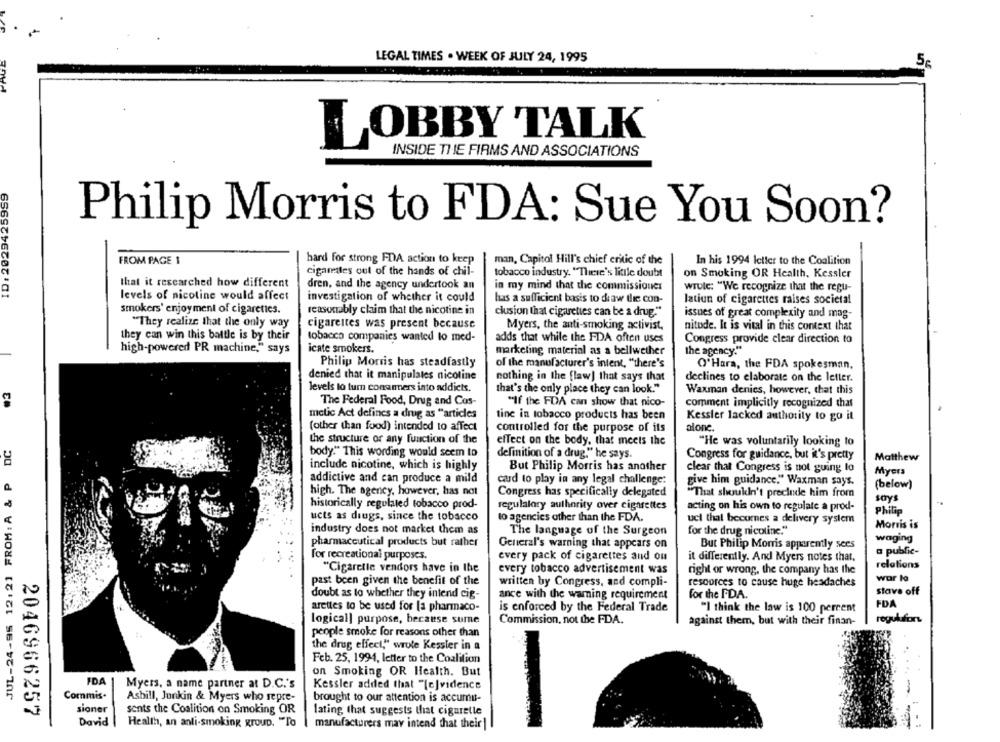
LEGAL TIMES . WEEK OF JULY 24, 1995
5€
LOBBY TALK
INSIDE THE FIRMS AND ASSOCIATIONS
ID : 2029425959
Philip Morris to FDA: Sue You Soon?
FROM PAGE 1
hard for strong FDA action to keep
man, Capitol Hill's chief critic of the
In his 1994 letter to the Coalition
cigarettes out of the hands of chil-
tobacco industry. "These's little doubt
on Smoking OR Health, Kessler
that it researched how different
dren, and the agency undertook an
in my mind that the commissioner
wrule: "We recognize that the regu-
levels of nicotine would affect
investigation of whether it could
has a sufficient basis to draw die con-
lation of cigarettes raises societal
smokers' enjoyment of cigarettes.
reasonably claim that the nicotine in
clusion that cigarettes can be a drug."
issues of great complexity and mag-
"They realize that the only way
cigarettes was present because
Myers, the anti-smoking activist,
nitode. It is vital in this context that
they can win this battle is by their
tobacco companies wanted lo med-
adds that while the FDA often uses
Congress provide clear direction to
icate smokers.
high-powered PR machine," says
marketing material as a bellwether
the agency."
Philip Morris has steadfastly
of the manufacturer's intent, "there's
O'Hara, the FDA spokesman,
denied that it manipulates nicotine
nothing in the flaw] that says that
declines to elaborate on the letter.
levels to tum consumers into addicts.
that's the only place they can look."
Waxman denies, however, that this
The Federal Food, Drug and Cos-
"If the FDA can show that nico-
comment implicitly recognized that
metic Act defines a drug as "articles
tine in tobacco products has been
Kessler lacked authority to go it
(other than food) intended to affect
controlled for the purpose of its
alone.
JUL-24-95 12:21 FROM: A & P DC
the structure or any function of the
effect on the body, that meets the
"He was voluntarily looking to
body." This wording would seem to
definition of a drug," he says.
Congress for guidance, but it's pretty
Matthew
include nicotine, which is highly
But Philip Morris has another
clear that Congress is not guing lo
Myers
addictive and can produce a mild
cad to play in any legal challenge:
give him guidance." Waxman says.
(below)
high. The agency, however, has not
Congress has specifically delegated
"That shouldn't preclude him from
historically regulated tobacco prod-
say
regulatory authority over cigarettes
acting on his own to regulate a prod-
Philip
ucts as drugs, since the tobacco
to agencies other than the FDA.
ucl that becomes a delivery system
Morris is
industry does not market them as
The language of the Surgeon
for the drug nicotine."
waging
pharmaceutical products but rather
General's warning that appears on
But Philip Morris apparently sees
for recreational purposes.
every pack of cigarettes and ou
a public-
it differently. And Myers notes that.
relations
"Cigarelle vendors have in the
every tobacco advertisement was
right or wrong, the company has the
wor lo
past been given the benefit of the
written by Congress, and compli-
resources to cause huge headaches
for the FDA.
stave off
doubt as to whether they intend cig-
ance with the warning requirement
arettes to be used for [a pharmaco-
is enforced by the Federal Trade
"I think the law is 100 percent
FDA
logical] purpose, because sure
Commission, not the FDA.
against them, but with their finan-
regulufor
people smoke for reasons other than
the drug effect," wrote Kessler in a
Feb. 25, 1994, letter to the Coalition
on Smoking OR Health. But
IDA
Myers, a name partner at D.C.'s
Kessler added that "[c]vidence
-- -
Commis.
Asbill, Junkin & Myers who sepre-
brought to our attention is accumu-
sioner
sents the Coalition on Smoking OR
lating that suggests that cigarette
2046966257
David
Health, an anti-smoking group. "To
manufacturers may intend that their |